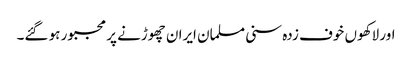
اور لاکھوں خوف زدہ سنی مسلمان ایران چھوڑنے پر مجبور ہو گئے۔